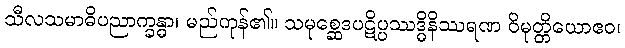
သီလသမာဓိပညာက္ခန္ဓာ၊ မည်ကုန်၏။ သမုစ္ဆေဒပဋိပ္ပဿဒ္ဓိနိဿရဏ ဝိမုတ္တိယောဧဝ၊